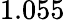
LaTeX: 1.055